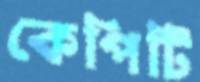
কেপিটি